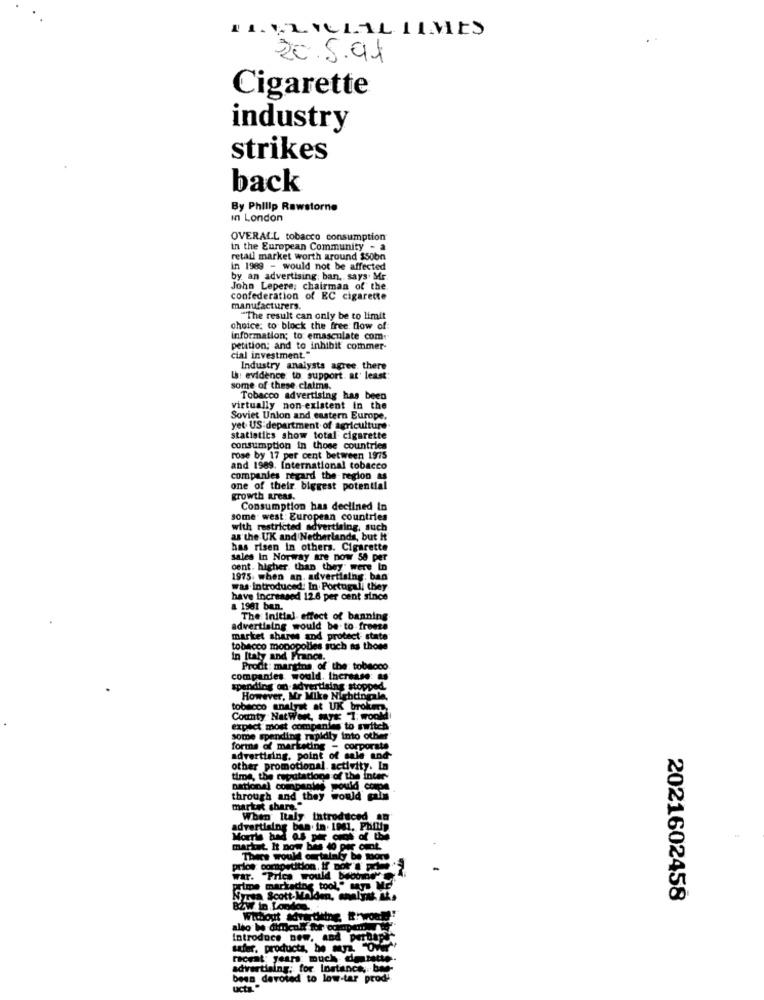
TRAVAILAL TIMES
20.5.91
Cigarette
industry
strikes
back
By Philip Rawstorno
In London
OVERALL tobacco consumption
in the European Community - a
retail market worth around $50bn
in 1989 - would not be affected
by an advertising; ban. says Mr
John Lepere, chairman of the
confederation of EC cigarette
manufacturers
"The result can only be to limit
choice: to block the free flow of
information; to: emasculate com-
petition; and to inhibit commer-
cial investment."
Industry analysts agree. there
La: evidence; to support. at least:
some of these claims.
Tobacco advertising has been
virtually non-existent in the
Soviet Union and eastern Europe.
yet. US department of agriculture
statistics show total cigarette
consumption in those countries
rose by 17 per cent between 1975
and 1989. International tobacco
companies regard the region as
one of their biggest potential
growth areas.
Consumption has declined In
some. west: European countries
with restricted advertising, such
as the UK and Netherlands, but It
has risen In others. Cigarette
sales In Norway are now 58 per
oent. higher than they" were in
1975 when an. advertising; ban
was Introduced: In Portugal, they
have increased 12.6 per cent since
a 1961 ban.
The Initial effect of banning
advertising would be to freeze
market share and protect state"
tobacco monopolies such as those
In Italy and France.
Prodt: margins, of the: tobacco
companies would. Increase:
advertising stopped
However, Mr Mike Nightingale.
tobacco analyst at UK brokmy
County NatWer, mys: T: woold
expect most companies to switch
some spending rapidly into other
forms of marketing - corporate
advertising, point of sale and
other promotional. activity. In
time, the reputations of the inter-
through and they would
market share."
When Italy introduced en
advertising ban. in . 1941. Philip
Morris had as per crot of the
bas 40 por
There would certainly be Boru
price: competition, if not''
war. "Price would beo
prime marketing tool." my
Nyrsa Scott-Malden, analyst at.
2021602458
BZW in London.
Introduce new, and peruapr,
safer, products, he sz, "Over"
ropt; years much demto.
daing; for Instance, bag-
been devoted to low-tar prod!
ucta."